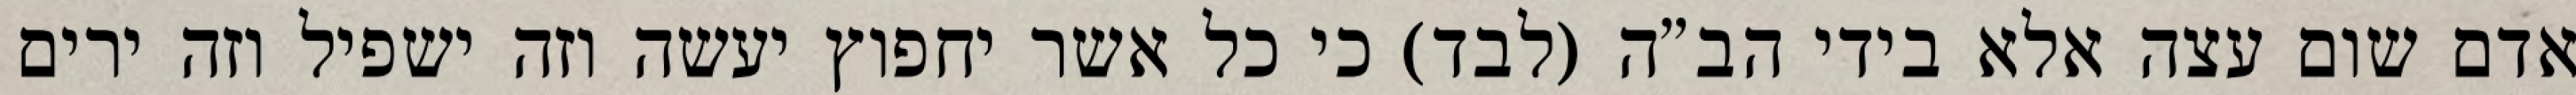
אדם שום עצה אלא בידי הב”ה (לבד) כי כל אשר יחפוץ יעשה וזה ישפיל וזה ירים